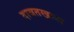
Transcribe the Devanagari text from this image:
दावतखाना